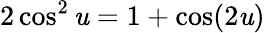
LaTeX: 2\cos^{2}\mathit{u}=1+\cos(2\mathit{u})